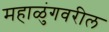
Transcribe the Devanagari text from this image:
महाळुंगवरील